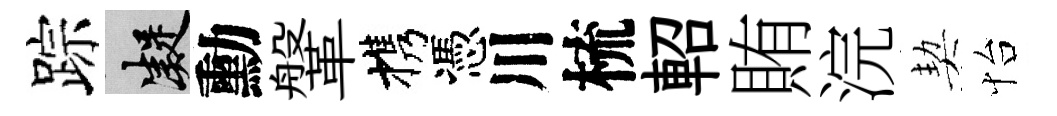
踪凝勳鞶携憑川梳軺賄浣契怡